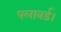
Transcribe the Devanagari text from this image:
फ्लावर्ड।